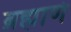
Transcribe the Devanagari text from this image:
ब्रह्माणं